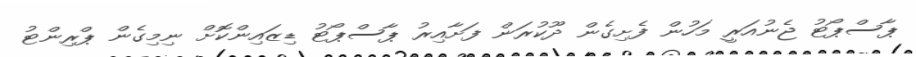
ޕާސްޕޯޓު ޖެނުއަރީ މަހުން ފެށިގެން ދޫކުރަން ފަށާއިރު ޕާސްޕޯޓު ޑިޒައިންކޮށް ނިމިގެން ޕްރިންޓު